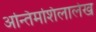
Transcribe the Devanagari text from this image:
अन्तिमशिलालेख